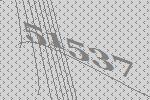
51537